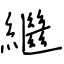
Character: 繼